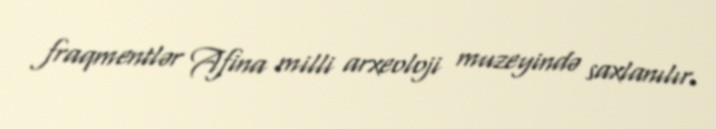
fraqmentlər Afina milli arxeoloji muzeyində saxlanılır.